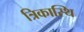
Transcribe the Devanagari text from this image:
त्रिकास्थि